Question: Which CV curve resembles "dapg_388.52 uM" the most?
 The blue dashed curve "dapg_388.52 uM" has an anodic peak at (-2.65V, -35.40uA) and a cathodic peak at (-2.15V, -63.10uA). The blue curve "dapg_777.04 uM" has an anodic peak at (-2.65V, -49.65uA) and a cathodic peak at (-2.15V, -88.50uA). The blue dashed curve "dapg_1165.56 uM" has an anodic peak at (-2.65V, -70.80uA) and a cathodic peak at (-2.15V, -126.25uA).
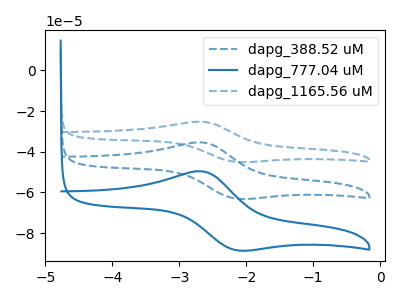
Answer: <think>All the peaks in "dapg_388.52 uM" have a peak in "dapg_777.04 uM" at the same potential. All the peaks in "dapg_388.52 uM" have a peak in "dapg_1165.56 uM" at the same potential. All the peaks in "dapg_777.04 uM" have a peak in "dapg_1165.56 uM" at the same potential.
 </think>
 <answer>"dapg_388.52 uM" and "dapg_1165.56 uM" have a similar shape to "dapg_777.04 uM".</answer>
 <eval>"dapg_388.52 uM" "dapg_1165.56 uM"</eval>